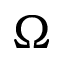
\Omega